Leaving Certificate Examination (including Day School Certificate (Higher) General paper), 1936
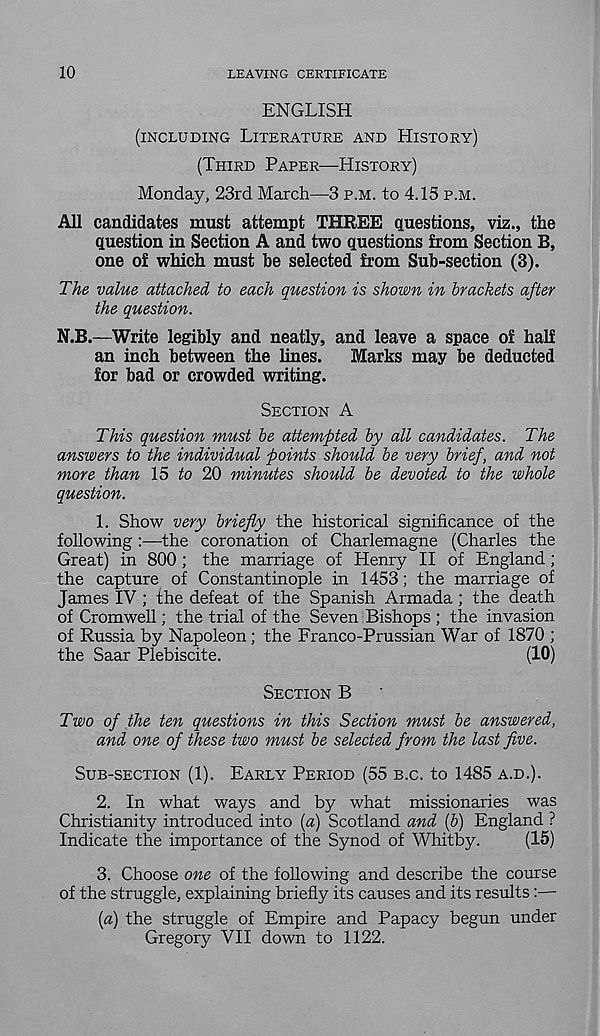
10
LEAVING CERTIFICATE
ENGLISH
(INCLUDING LITERATURE AND HISTORY)
(THIRD PAPER—HISTORY)
Monday, 23rd March—3 P.M. to 4.15 P.M.
All candidates must attempt THREE questions, viz., the
question in Section A and two questions from Section B,
one of which must he selected from Sub-section (3).
The value attached to each question is shown in brackets after
the question.
N.B.—Write legibly and neatly, and leave a space of half
an inch between the lines. Marks may be deducted
for bad or crowded writing.
SECTION A
This question must be attempted by all candidates. The
answers to the individual points should be very brief, and not
more than 15 to 20 minutes should be devoted to the whole
question.
1.
Show very briefly the historical
following :—the coronation of Charlemagne (Charles the
Great) in 800 ; the marriage of Henry II of England ;
the capture of Constantinople in 1453; the marriage of
James IV ; the defeat of the Spanish Armada ; the death
of Cromwell; the trial of the Seven Bishops ; the invasion
of Russia by Napoleon; the Franco-Prussian War of 1870 ;
the Saar Plebiscite.
(10)
SECTION B
Two of the ten questions in this Section must be answered,
and one of these two must be selected from the last five.
SUB-SECTION (1). EARLY PERIOD (55 B.C. to 1485 A.D.).
2. In what ways and by what missionaries was
Christianity introduced into [a) Scotland and {b) England ?
Indicate the importance of the Synod of Whitby.
(15)
3. Choose one of the following and describe the course
of the struggle, explaining briefly its causes and its results:—
{a) the struggle of Empire and Papacy begun under
Gregory VII down to 1122.